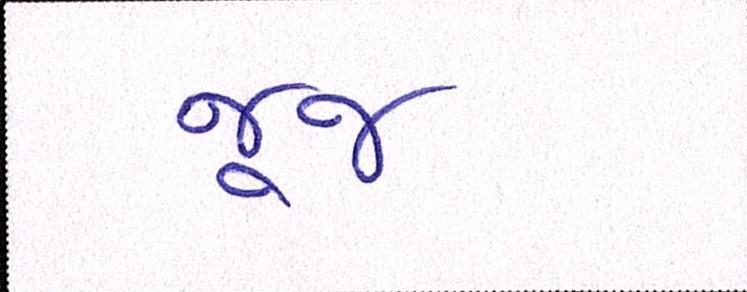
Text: જૂજ